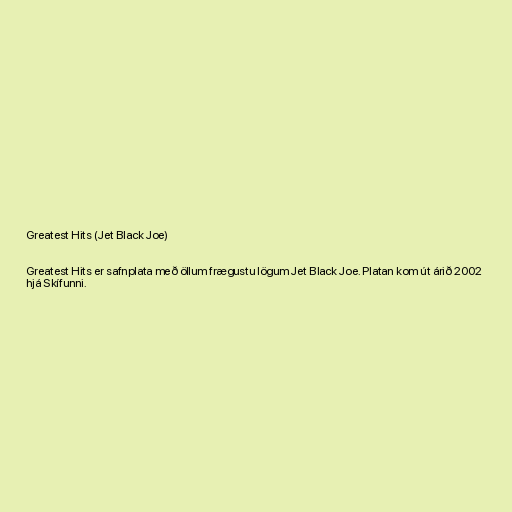
Greatest Hits (Jet Black Joe)

Greatest Hits er safnplata með öllum frægustu lögum Jet Black Joe. Platan kom út árið 2002
hjá Skífunni.